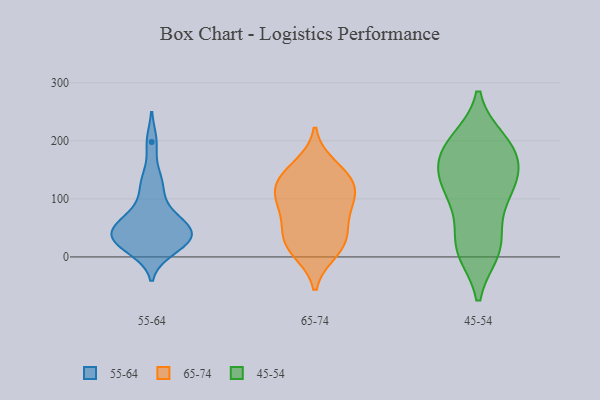
{"axis": {"x": "Backlog", "y": "Value"}, "legend": ["45-54", "55-64", "65-74"], "data": [{"x": "", "y": 16, "type": "55-64"}, {"x": "", "y": 122, "type": "55-64"}, {"x": "", "y": 39, "type": "55-64"}, {"x": "", "y": 85, "type": "55-64"}, {"x": "", "y": 198, "type": "55-64"}, {"x": "", "y": 46, "type": "55-64"}, {"x": "", "y": 11, "type": "55-64"}, {"x": "", "y": 29, "type": "55-64"}, {"x": "", "y": 69, "type": "55-64"}, {"x": "", "y": 46, "type": "55-64"}, {"x": "", "y": 25, "type": "55-64"}, {"x": "", "y": 46, "type": "55-64"}, {"x": "", "y": 50, "type": "55-64"}, {"x": "", "y": 134, "type": "55-64"}, {"x": "", "y": 98, "type": "65-74"}, {"x": "", "y": 29, "type": "65-74"}, {"x": "", "y": 156, "type": "65-74"}, {"x": "", "y": 94, "type": "65-74"}, {"x": "", "y": 126, "type": "65-74"}, {"x": "", "y": 129, "type": "65-74"}, {"x": "", "y": 78, "type": "65-74"}, {"x": "", "y": 45, "type": "65-74"}, {"x": "", "y": 10, "type": "65-74"}, {"x": "", "y": 133, "type": "65-74"}, {"x": "", "y": 21, "type": "65-74"}, {"x": "", "y": 73, "type": "45-54"}, {"x": "", "y": 194, "type": "45-54"}, {"x": "", "y": 156, "type": "45-54"}, {"x": "", "y": 196, "type": "45-54"}, {"x": "", "y": 171, "type": "45-54"}, {"x": "", "y": 111, "type": "45-54"}, {"x": "", "y": 22, "type": "45-54"}, {"x": "", "y": 185, "type": "45-54"}, {"x": "", "y": 131, "type": "45-54"}, {"x": "", "y": 14, "type": "45-54"}, {"x": "", "y": 13, "type": "45-54"}, {"x": "", "y": 129, "type": "45-54"}, {"x": "", "y": 105, "type": "45-54"}, {"x": "", "y": 10, "type": "45-54"}, {"x": "", "y": 142, "type": "45-54"}, {"x": "", "y": 200, "type": "45-54"}]}